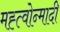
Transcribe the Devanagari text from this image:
मह्त्वोन्मादी